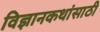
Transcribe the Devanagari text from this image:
विज्ञानकथांसाठी